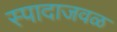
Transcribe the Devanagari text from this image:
स्पादाजवळ